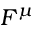
F ^ { \mu }